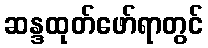
ဆန္ဒထုတ်ဖော်ရာတွင်